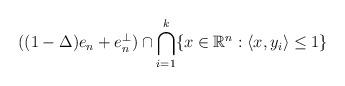
LaTeX: \begin{align*}((1-\Delta)e_n+e_n^{\perp})\cap\bigcap_{i=1}^k\{x\in\mathbb{R}^n:\langle x,y_i\rangle\leq 1\}\end{align*}